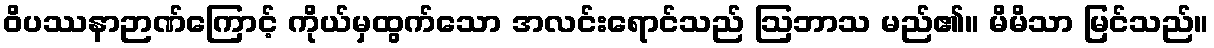
ဝိပဿနာဉာဏ်ကြောင့် ကိုယ်မှထွက်သော အလင်းရောင်သည် ဩဘာသ မည်၏။ မိမိသာ မြင်သည်။